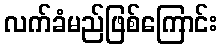
လက်ခံမည်ဖြစ်ကြောင်း